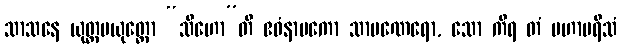
သာသနေ ယုတ္တပယုတ္တော “သီဟော”တိ ဧဝံနာမကော သာမဏေရော, သော ကိရ တံ မဟာပရိသံ